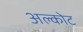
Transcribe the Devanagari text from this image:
अल्कोट